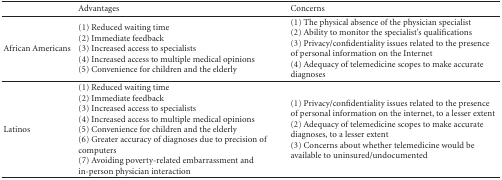
|  | Advantages | Concerns |
 | --- | --- | --- |
 | African Americans | (1) Reduced waiting time (2) Immediate feedback (3) Increased access to specialists (4) Increased access to multiple medical opinions (5) Convenience for children and the elderly | (1) The physical absence of the physician specialist (2) Ability to monitor the specialist's qualifications (3) Privacy/confidentiality issues related to the presence of personal information on the Internet(4) Adequacy of telemedicine scopes to make accurate diagnoses |
 | Latinos | (1) Reduced waiting time (2) Immediate feedback (3) Increased access to specialists (4) Increased access to multiple medical opinions (5) Convenience for children and the elderly (6) Greater accuracy of diagnoses due to precision of computers (7) Avoiding poverty-related embarrassment and in-person physician interaction | (1) Privacy/confidentiality issues related to the presence of personal information on the internet, to a lesser extent (2) Adequacy of telemedicine scopes to make accurate diagnoses, to a lesser extent (3) Concerns about whether telemedicine would be available to uninsured/undocumented |